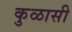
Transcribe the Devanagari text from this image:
कुळासी